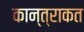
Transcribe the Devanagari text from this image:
कान्त्राकत